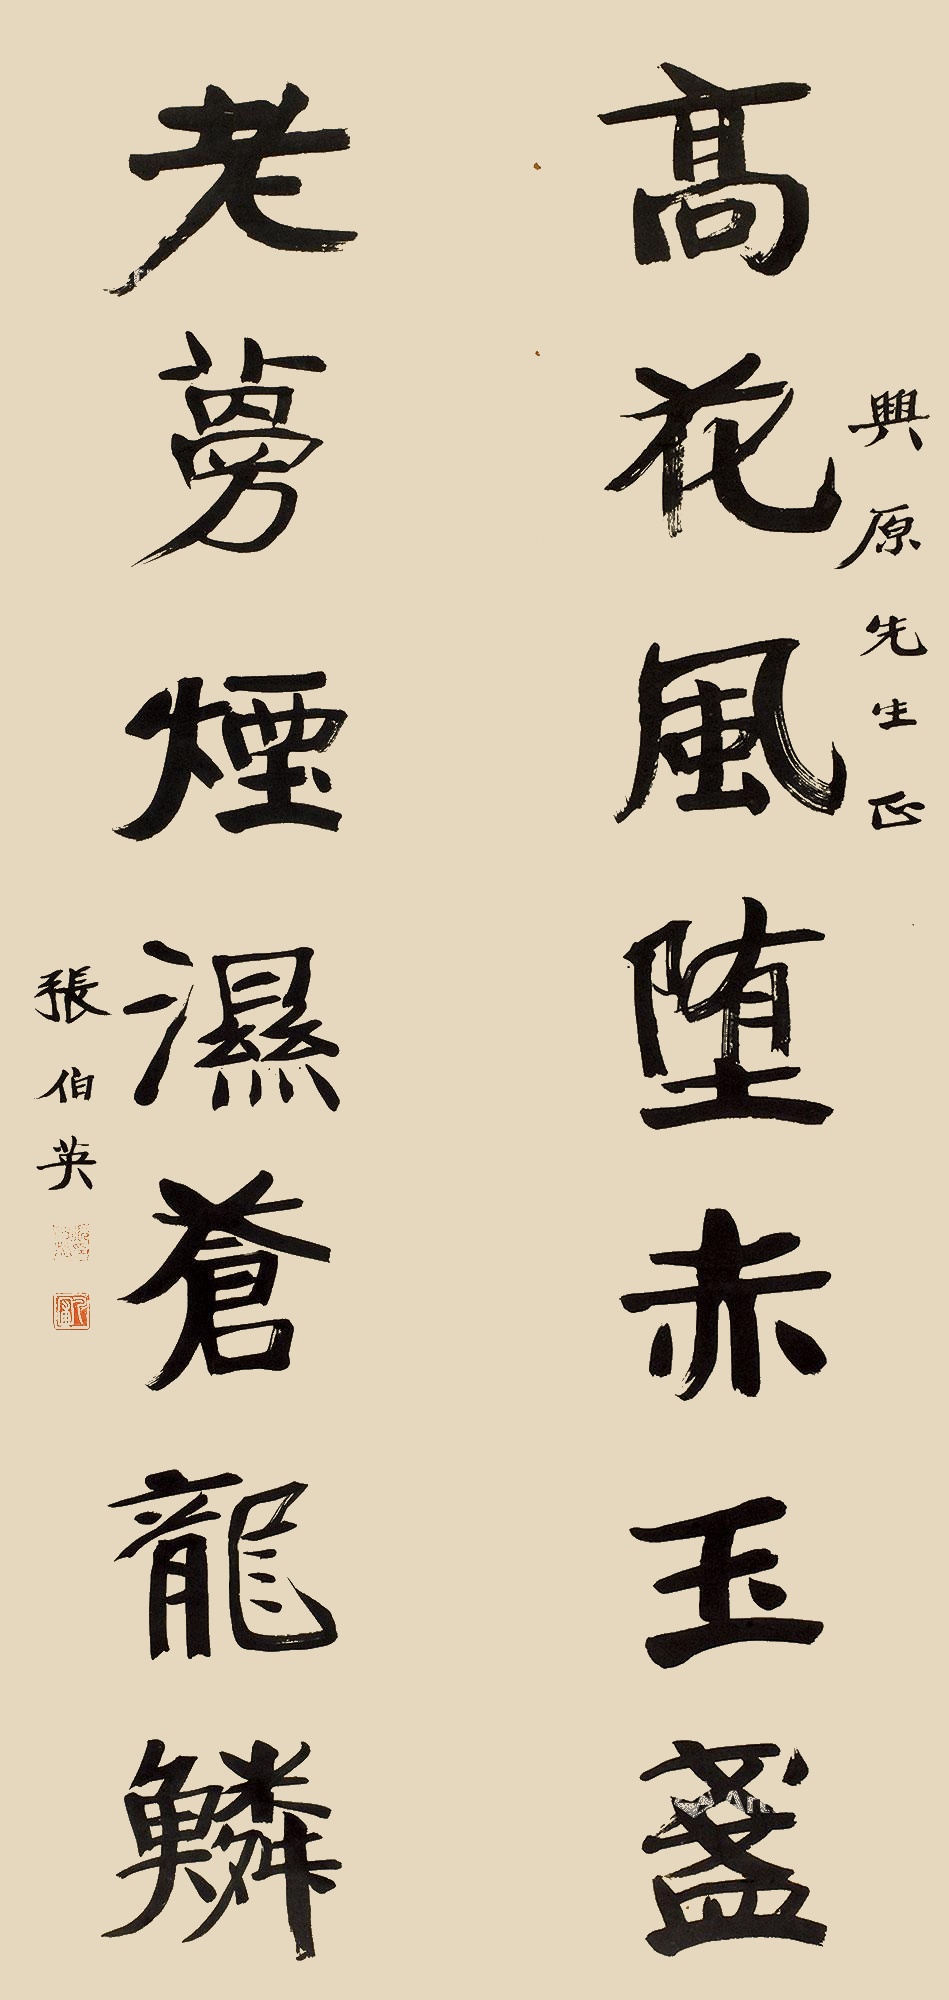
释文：高花风堕赤玉盏，老蔓烟湿苍龙鳞。兴原先生正，张伯英。